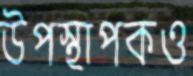
উপস্থাপকও